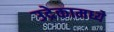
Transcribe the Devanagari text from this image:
उद्रेकामध्ये